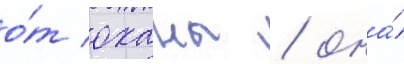
о́т оханы / она́